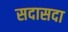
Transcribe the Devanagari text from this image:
सदासदा